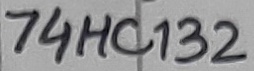
Text: 74HC132